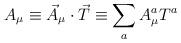
LaTeX: \begin{align*}A_\mu \equiv \vec A_\mu\cdot\vec T \equiv\sum_a A^a_\mu T^a\end{align*}